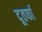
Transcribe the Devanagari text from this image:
दूतर्फा